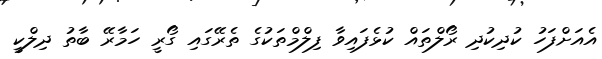
އެއަށްފަހު ކުދިކުދި ރޯލްތައް ކުޅެފައިވާ ފިލްމްތަކުގެ ތެރޭގައި ގޯރީ ހަމާރޭ ބާތު ދިލްކީ